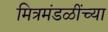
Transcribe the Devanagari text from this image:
मित्रमंडळींच्या